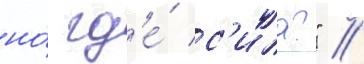
но́ гд'е́ с'ила?" //